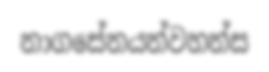
නාගසේනයන්වහන්ස